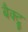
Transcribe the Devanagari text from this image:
बैक्ट्रू